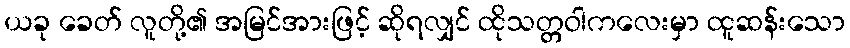
ယခု ခေတ် လူတို့၏ အမြင်အားဖြင့် ဆိုရလျှင် ထိုသတ္တဝါကလေးမှာ ထူဆန်းသော